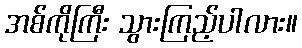
အစ်ကိုကြီး သွားကြည့်ပါလား။